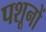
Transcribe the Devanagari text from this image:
पशूनों